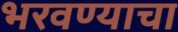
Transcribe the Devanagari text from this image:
भरवण्याचा